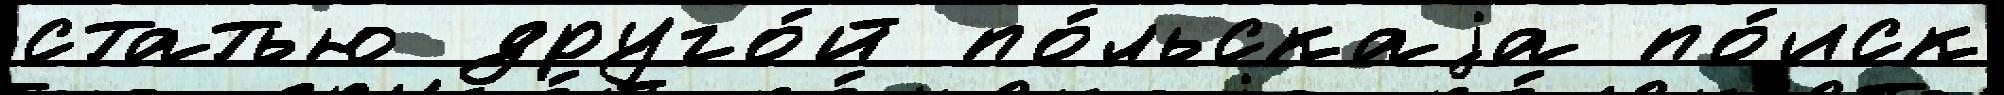
статью друго́й по́льскаjа по́иск